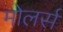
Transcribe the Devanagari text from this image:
मोलर्स